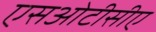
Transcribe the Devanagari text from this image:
एसओटीसीए